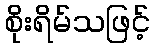
စိုးရိမ်သဖြင့်